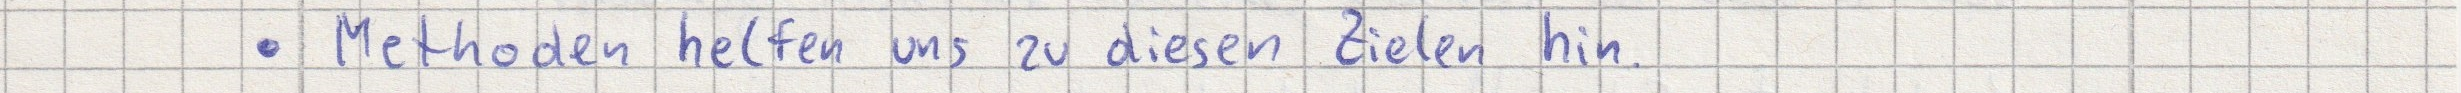
- Methoden helfen uns zu diesen Zielen hin.